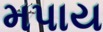
મપાય